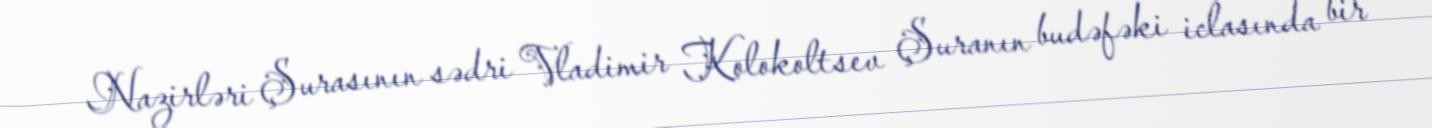
Nazirləri Şurasının sədri Vladimir Kolokoltsev Şuranın budəfəki iclasında bir